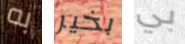
به بخير بي